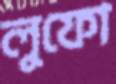
লুফো